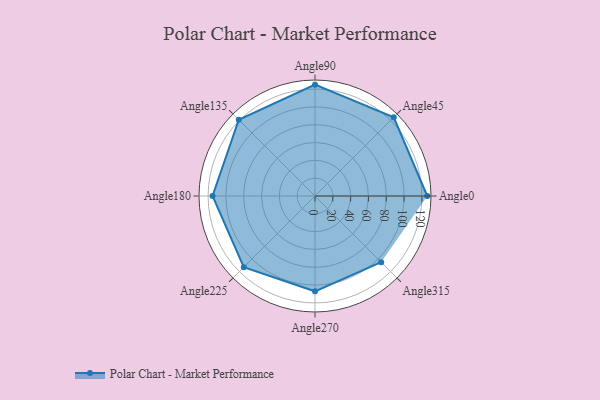
{"axis": {"x": "Angle", "y": "Radius"}, "legend": [""], "data": [{"x": "Angle0", "y": 126.0, "type": ""}, {"x": "Angle45", "y": 125.0, "type": ""}, {"x": "Angle90", "y": 125.0, "type": ""}, {"x": "Angle135", "y": 121.0, "type": ""}, {"x": "Angle180", "y": 115.0, "type": ""}, {"x": "Angle225", "y": 113.0, "type": ""}, {"x": "Angle270", "y": 107.0, "type": ""}, {"x": "Angle315", "y": 105.0, "type": ""}]}